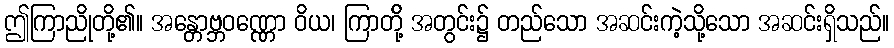
ဤကြာညိုတို့၏။ အန္တောဗ္ဘဝဏ္ဏော ဝိယ၊ ကြာတို့် အတွင်း၌ တည်သော အဆင်းကဲ့သို့သော အဆင်းရှိသည်။